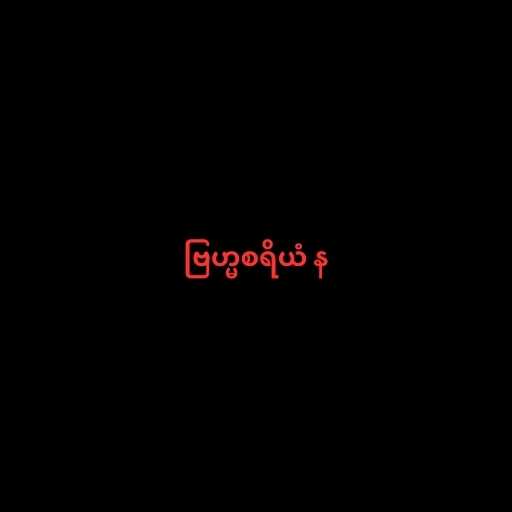
ဗြဟ္မစရိယံ န